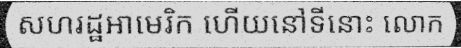
សហរដ្ឋអាមេរិក ហើយនៅទីនោះ លោក